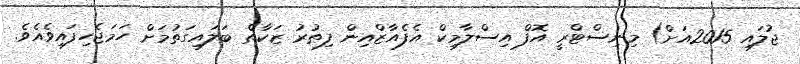
ޖުލައި 2015އަށް) މިނިސްޓްރީ އޮފް އިސްލާމިކް އެފެއާޒްއިން ފިޠުރު ޒަކާތް ބަލައިގަތުމަށް ހަމަޖެހިފައިވެއެވެ.